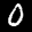
Label: 0